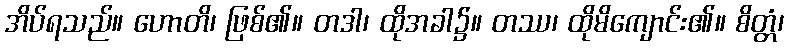
အိပ်ရသည်။ ဟောတိ၊ ဖြစ်၏။ တဒါ၊ ထိုအခါ၌။ တဿ၊ ထိုမိကျောင်း၏။ စိတ္တံ၊